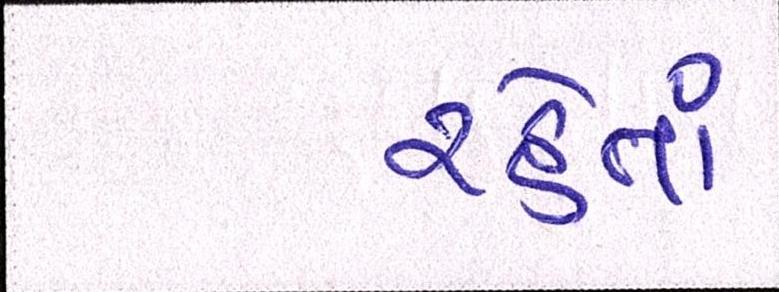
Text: રહેતાં